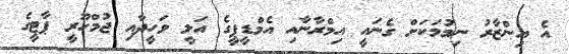
އެ އިންޒާރު ނިމުމަކަށް ގެނައީ އިމްރާނާއި އެމްޑީޕީގެ އަލީ ވަހީދާއި ޖުމްހޫރީ ޕާޓީގެ